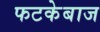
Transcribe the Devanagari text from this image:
फटकेबाज